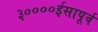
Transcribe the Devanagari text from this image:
३००००ईसापूर्व